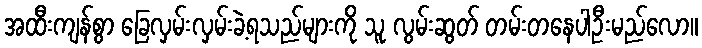
အထီးကျန်စွာ ခြေလှမ်းလှမ်းခဲ့ရသည်များကို သူ လွမ်းဆွတ် တမ်းတနေပါဦးမည်လော။